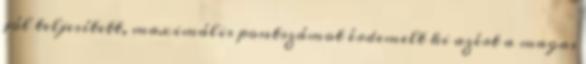
jól teljesített, maximális pontszámot érdemelt ki azért a magas